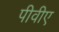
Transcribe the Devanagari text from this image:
पीवीए